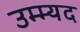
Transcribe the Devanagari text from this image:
उम्म्यद